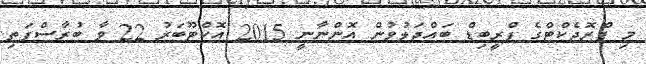
މި ޕްރޮޖެކްޓްގެ ޕްރީބިޑް ބައްދަލުވުން އޮންނާނީ 2015 އޮކްޓޫބަރު 22 ވާ ބުރާސްފަތި